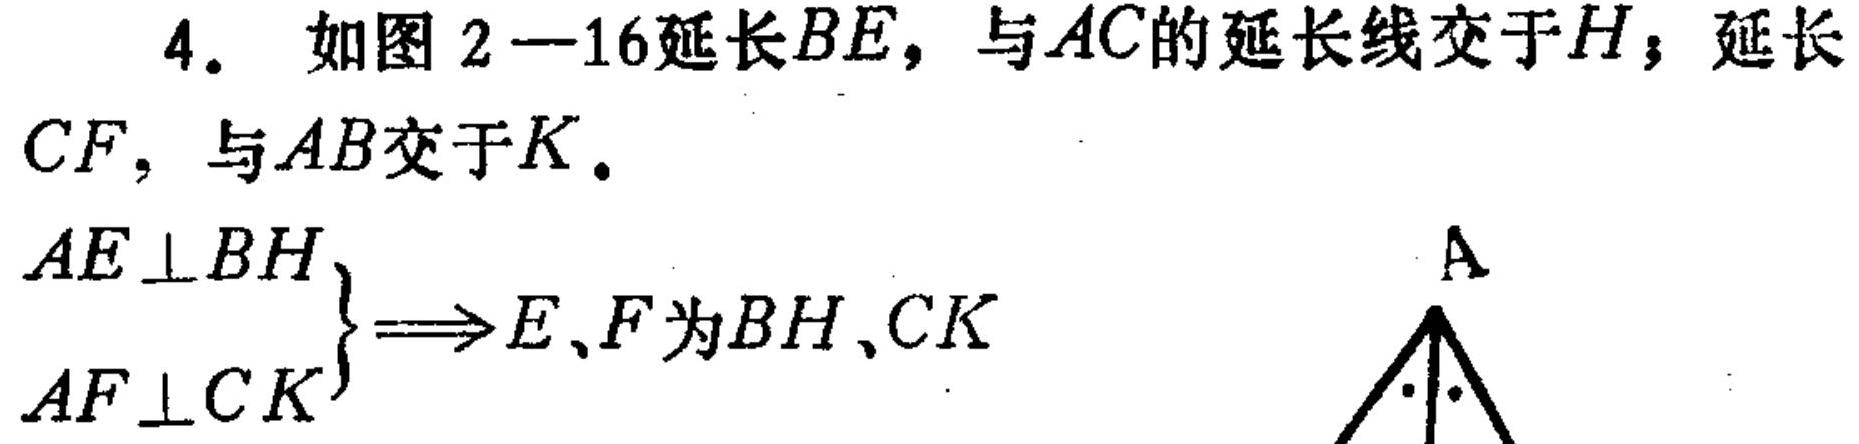
4. 如图 2—16延长$BE$, 与$AC$的延长线交于$H$; 延长
$CF$, 与$AB$交于$K$.
$\left.\begin{array}{l}
AE\perp BH\\
AF\perp CK
\end{array}\right\}\Longrightarrow E、F为BH、CK$